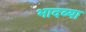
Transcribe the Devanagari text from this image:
भादव्या